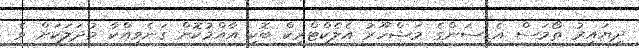
ދިޔައިރު ތޯމަސް އެޑިސަންގެ މަޝްހޫރު އެލެކްޓްރިކް ބޮކި އާއްމުކޮށް ގަނެވިއްކާ މުދަލަކަށް ވެ